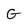
Character: G